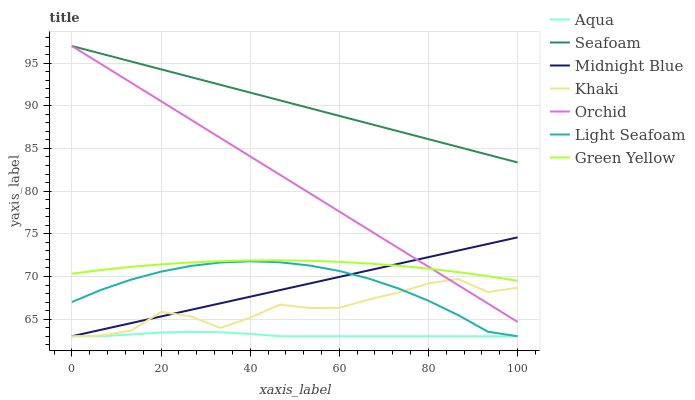
| xaxis_label | Aqua | Seafoam | Midnight Blue | Khaki | Orchid | Light Seafoam | Green Yellow |
 | --- | --- | --- | --- | --- | --- | --- | --- |
 | 0 | 63 | 97 | 63 | 63 | 97 | 67 | 70.3 |
 | 6.67 | 63 | 96.1 | 63.8 | 63.1 | 94.8 | 68.5 | 70.8 |
 | 13.3 | 63.2 | 95.2 | 64.5 | 63.7 | 92.7 | 69.6 | 71.1 |
 | 20 | 63.4 | 94.3 | 65.3 | 65.8 | 90.5 | 70.6 | 71.4 |
 | 26.7 | 63.5 | 93.4 | 66.1 | 65.3 | 88.4 | 71.2 | 71.6 |
 | 33.3 | 63.5 | 92.5 | 66.9 | 64 | 86.2 | 71.6 | 71.8 |
 | 40 | 63.3 | 91.5 | 67.6 | 65.2 | 84.1 | 71.8 | 71.9 |
 | 46.7 | 63 | 90.6 | 68.4 | 66.7 | 81.9 | 71.7 | 71.9 |
 | 53.3 | 63 | 89.7 | 69.2 | 66.3 | 79.8 | 71.3 | 71.8 |
 | 60 | 63 | 88.8 | 70 | 66.3 | 77.6 | 70.6 | 71.7 |
 | 66.7 | 63 | 87.9 | 70.7 | 67.3 | 75.5 | 69.7 | 71.5 |
 | 73.3 | 63 | 87 | 71.5 | 68.1 | 73.3 | 68.6 | 71.3 |
 | 80 | 63 | 86.1 | 72.3 | 69.2 | 71.1 | 67.2 | 70.9 |
 | 86.7 | 63 | 85.2 | 73 | 69.7 | 69 | 65.5 | 70.5 |
 | 93.3 | 63 | 84.3 | 73.8 | 68.2 | 66.8 | 63.5 | 70 |
 | 100 | 63 | 83.4 | 74.6 | 68.7 | 64.7 | 63 | 69.5 |